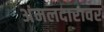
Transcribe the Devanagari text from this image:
अंमलदारावर